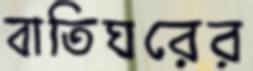
বাতিঘরের